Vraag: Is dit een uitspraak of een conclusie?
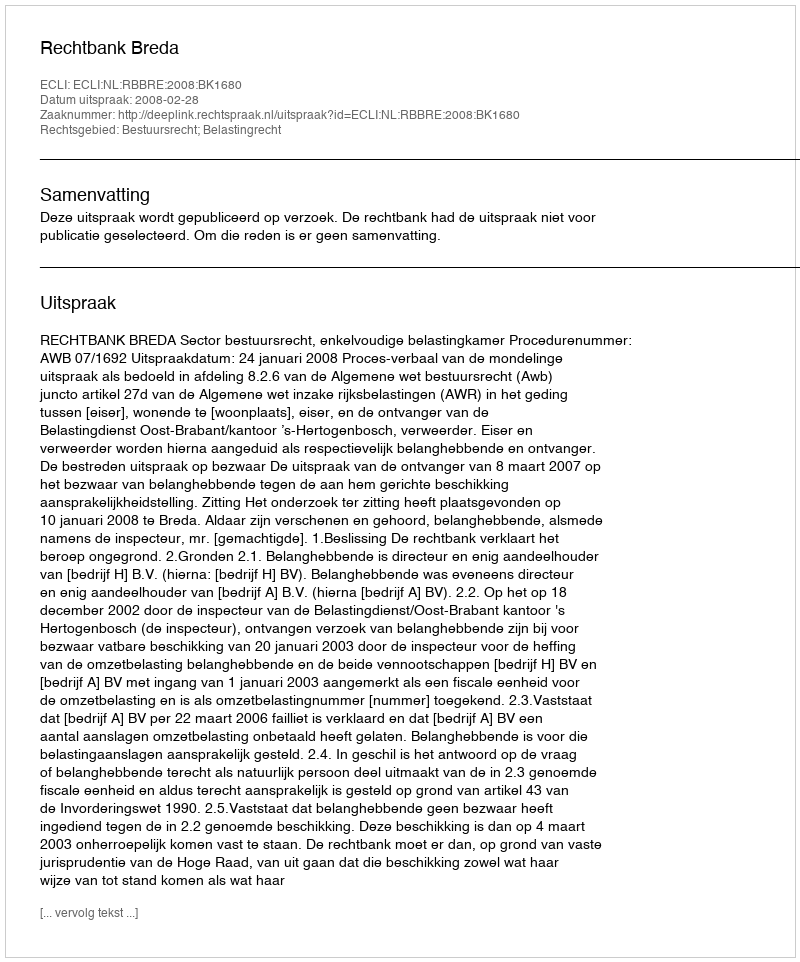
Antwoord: Uitspraak